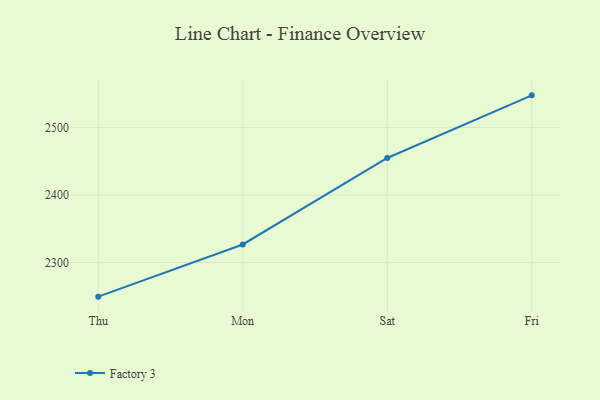
{"axis": {"x": "Day", "y": "Shipments"}, "legend": ["Factory 3"], "data": [{"x": "Thu", "y": 2249.6, "type": "Factory 3"}, {"x": "Mon", "y": 2326.8, "type": "Factory 3"}, {"x": "Sat", "y": 2454.8, "type": "Factory 3"}, {"x": "Fri", "y": 2547.5, "type": "Factory 3"}]}